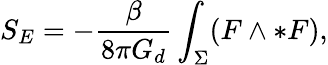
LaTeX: S_{E}=-\frac{\beta}{8\pi G_{d}}\int_{\Sigma}(F\wedge\ast F),